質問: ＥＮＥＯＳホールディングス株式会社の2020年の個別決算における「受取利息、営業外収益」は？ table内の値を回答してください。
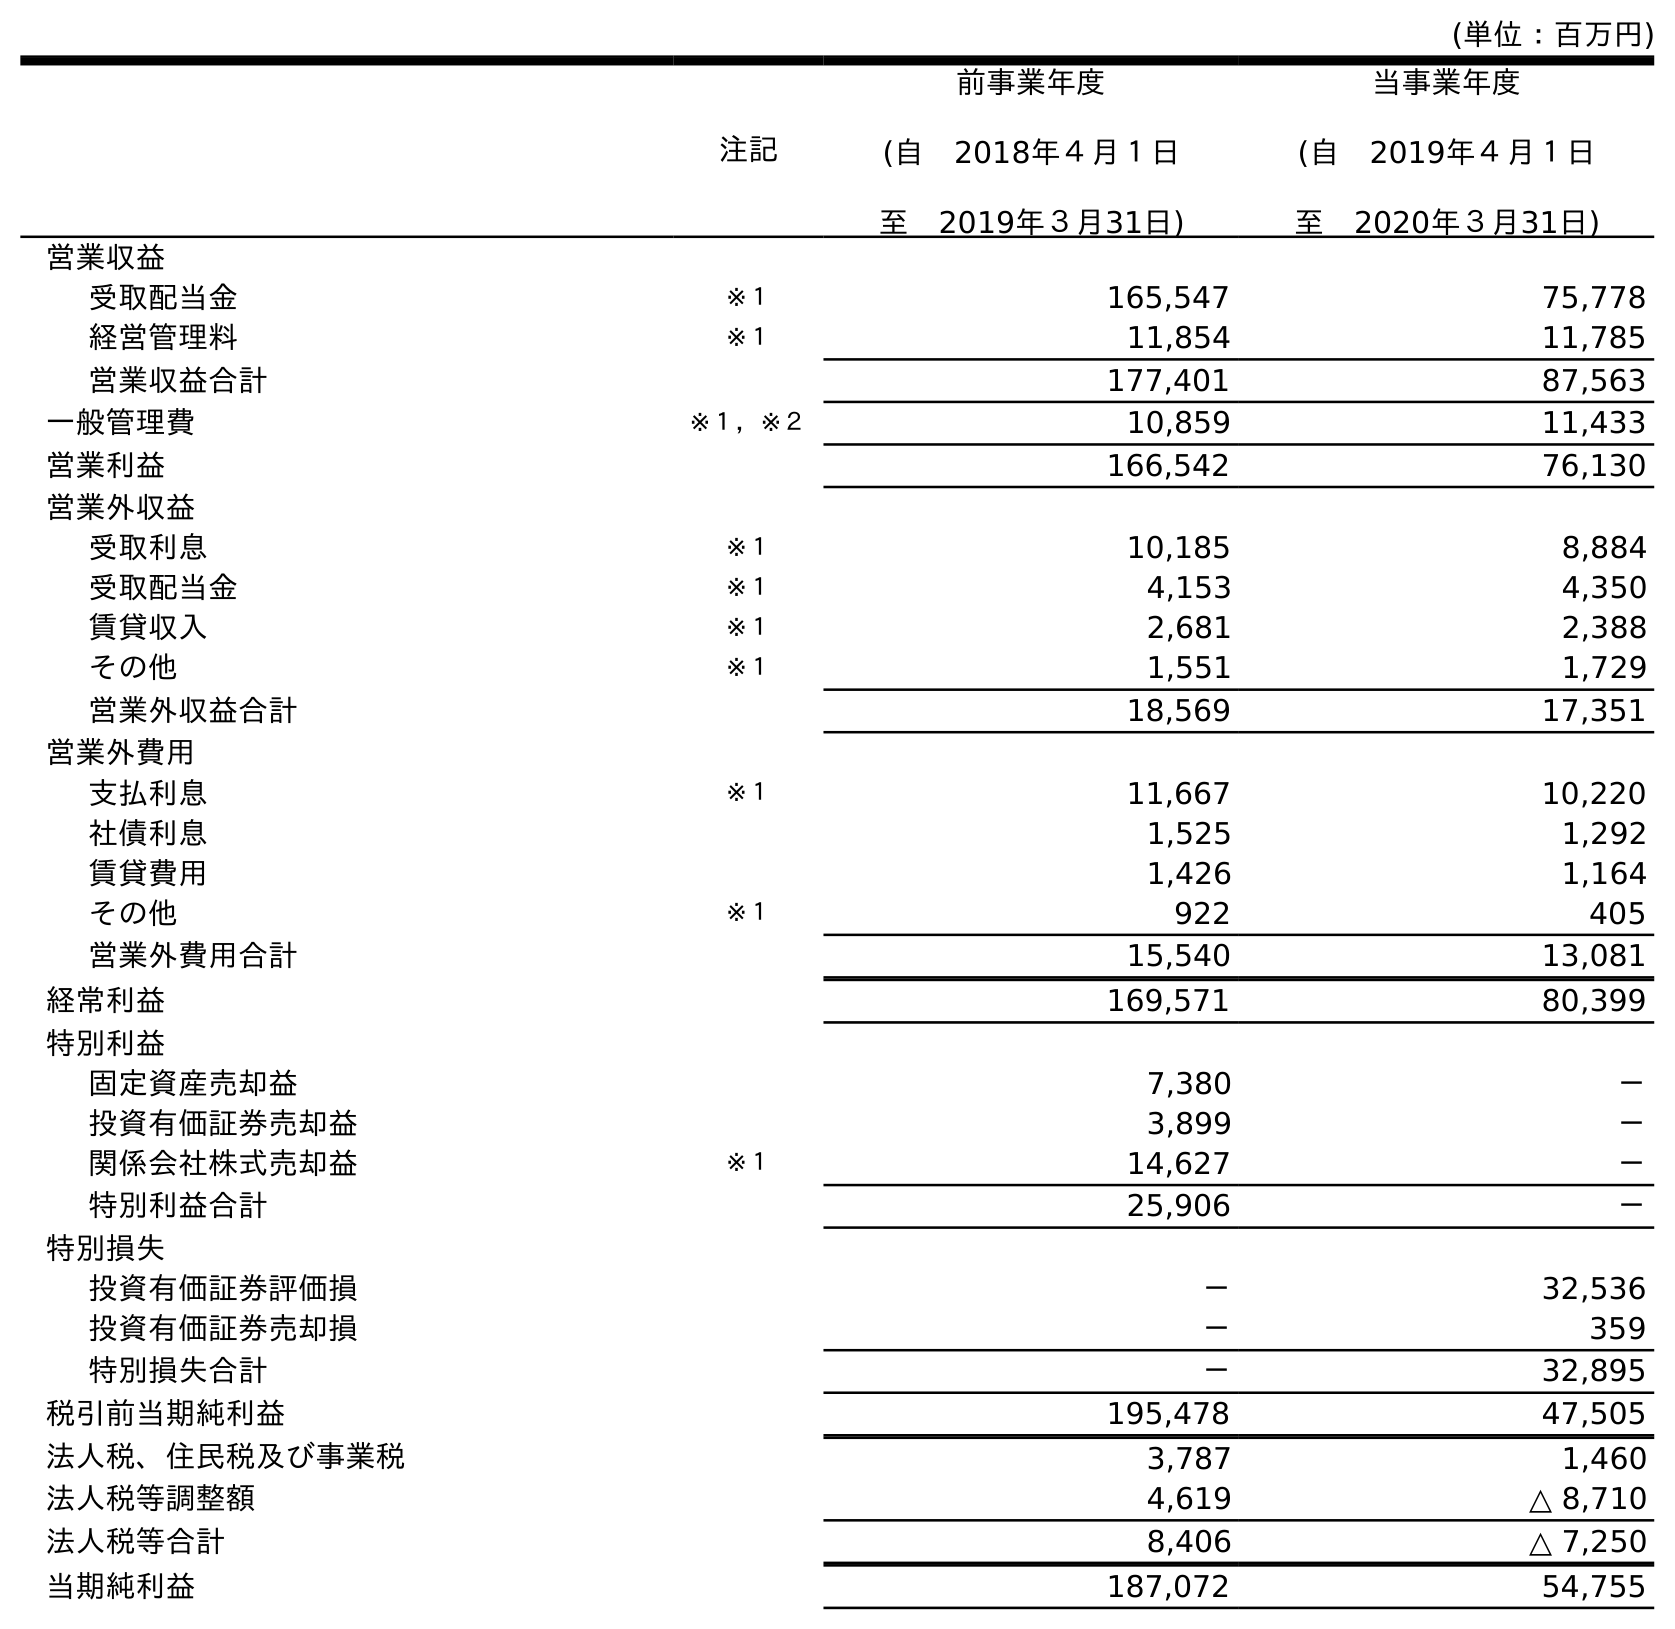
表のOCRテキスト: (単位：百万円) 注記 前事業年度 (自 2018年４月１日 至 2019年３月31日) 当事業年度 (自 2019年４月１日 至 2020年３月31日) 営業収益 受取配当金 ※１ 165,547 75,778 経営管理料 ※１ 11,854 11,785 営業収益合計 177,401 87,563 一般管理費 ※１，※２ 10,859 11,433 営業利益 166,542 76,130 営業外収益 受取利息 ※１ 10,185 8,884 受取配当金 ※１ 4,153 4,350 賃貸収入 ※１ 2,681 2,388 その他 ※１ 1,551 1,729 営業外収益合計 18,569 17,351 営業外費用 支払利息 ※１ 11,667 10,220 社債利息 1,525 1,292 賃貸費用 1,426 1,164 その他 ※１ 922 405 営業外費用合計 15,540 13,081 経常利益 169,571 80,399 特別利益 固定資産売却益 7,380 － 投資有価証券売却益 3,899 － 関係会社株式売却益 ※１ 14,627 － 特別利益合計 25,906 － 特別損失 投資有価証券評価損 － 32,536 投資有価証券売却損 － 359 特別損失合計 － 32,895 税引前当期純利益 195,478 47,505 法人税、住民税及び事業税 3,787 1,460 法人税等調整額 4,619 △ 8,710 法人税等合計 8,406 △ 7,250 当期純利益 187,072 54,755
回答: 8,884